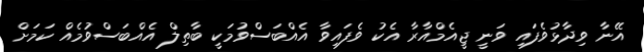
އޭނާ ވިދާޅުވެފައި ވަނީ ޖީއެމްއާރާ އެކު ވެފައިވާ އެއްބަސްވުމަކީ ބާތިލް އެއްބަސްވުމެއް ކަމަށް